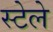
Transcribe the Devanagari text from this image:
स्टेले